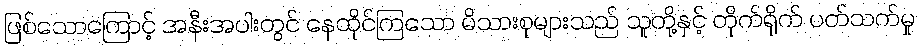
ဖြစ်သောကြောင့် အနီးအပါးတွင် နေထိုင်ကြသော မိသားစုများသည် သူတို့နှင့် တိုက်ရိုက် ပတ်သက်မှု